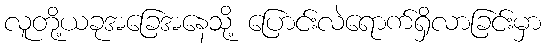
လူတို့ယခုအခြေအနေသို့ ပြောင်းလဲရောက်ရှိလာခြင်းမှာ